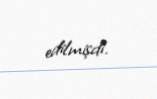
edilmişdi.